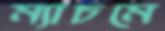
ম্যাচমে